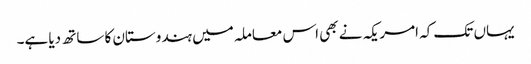
یہاں تک کہ امریکہ نے بھی اس معاملہ میں ہندوستان کا ساتھ دیا ہے۔